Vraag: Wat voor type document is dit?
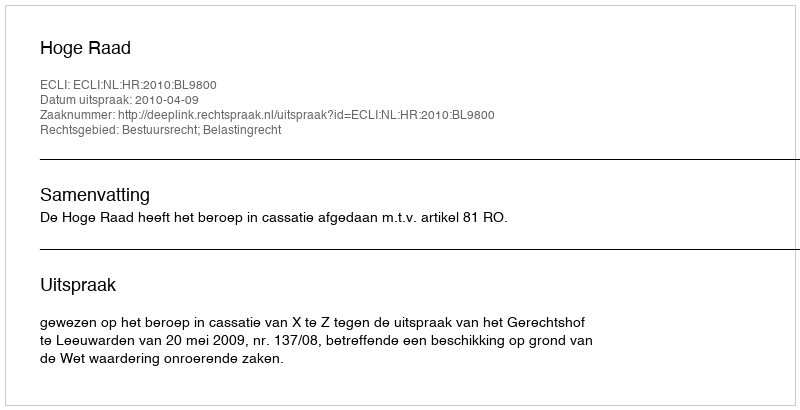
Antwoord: Uitspraak